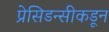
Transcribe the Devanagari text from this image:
प्रेसिडन्सीकडून